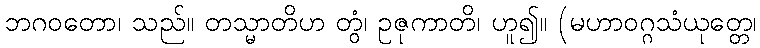
ဘဂဝတော၊ သည်။ တသ္မာတိဟ တွံ၊ ဥဇုကာတိ၊ ဟူ၍။ (မဟာဝဂ္ဂသံယုတ္တေ၊